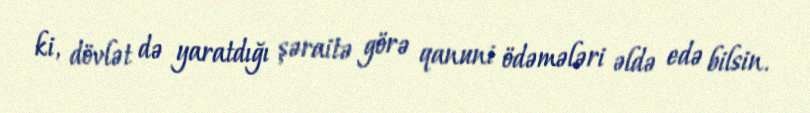
ki, dövlət də yaratdığı şəraitə görə qanuni ödəmələri əldə edə bilsin.